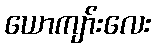
ယောကျာ်းလေး